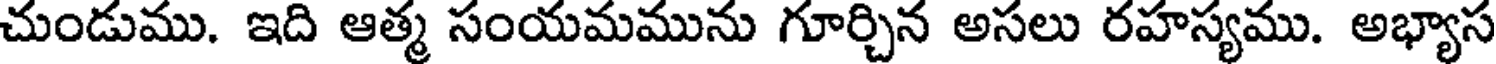
చుండుము. ఇది ఆత్మ సంయమమును గూర్చిన అసలు రహస్యము. అభ్యాస